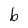
Character: b